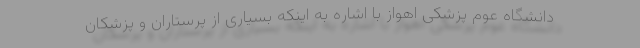
دانشگاه عوم پزشکی اهواز با اشاره به اینکه بسیاری از پرستاران و پزشکان